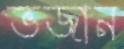
ভজান